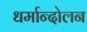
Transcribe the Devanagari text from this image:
धर्मान्दोलन